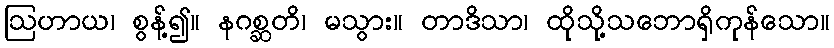
ဩဟာယ၊ စွန့်၍။ နဂစ္ဆတိ၊ မသွား။ တာဒိသာ၊ ထိုသို့သဘောရှိကုန်သော။